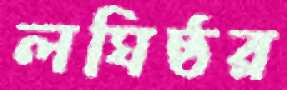
লঘিষ্ঠর